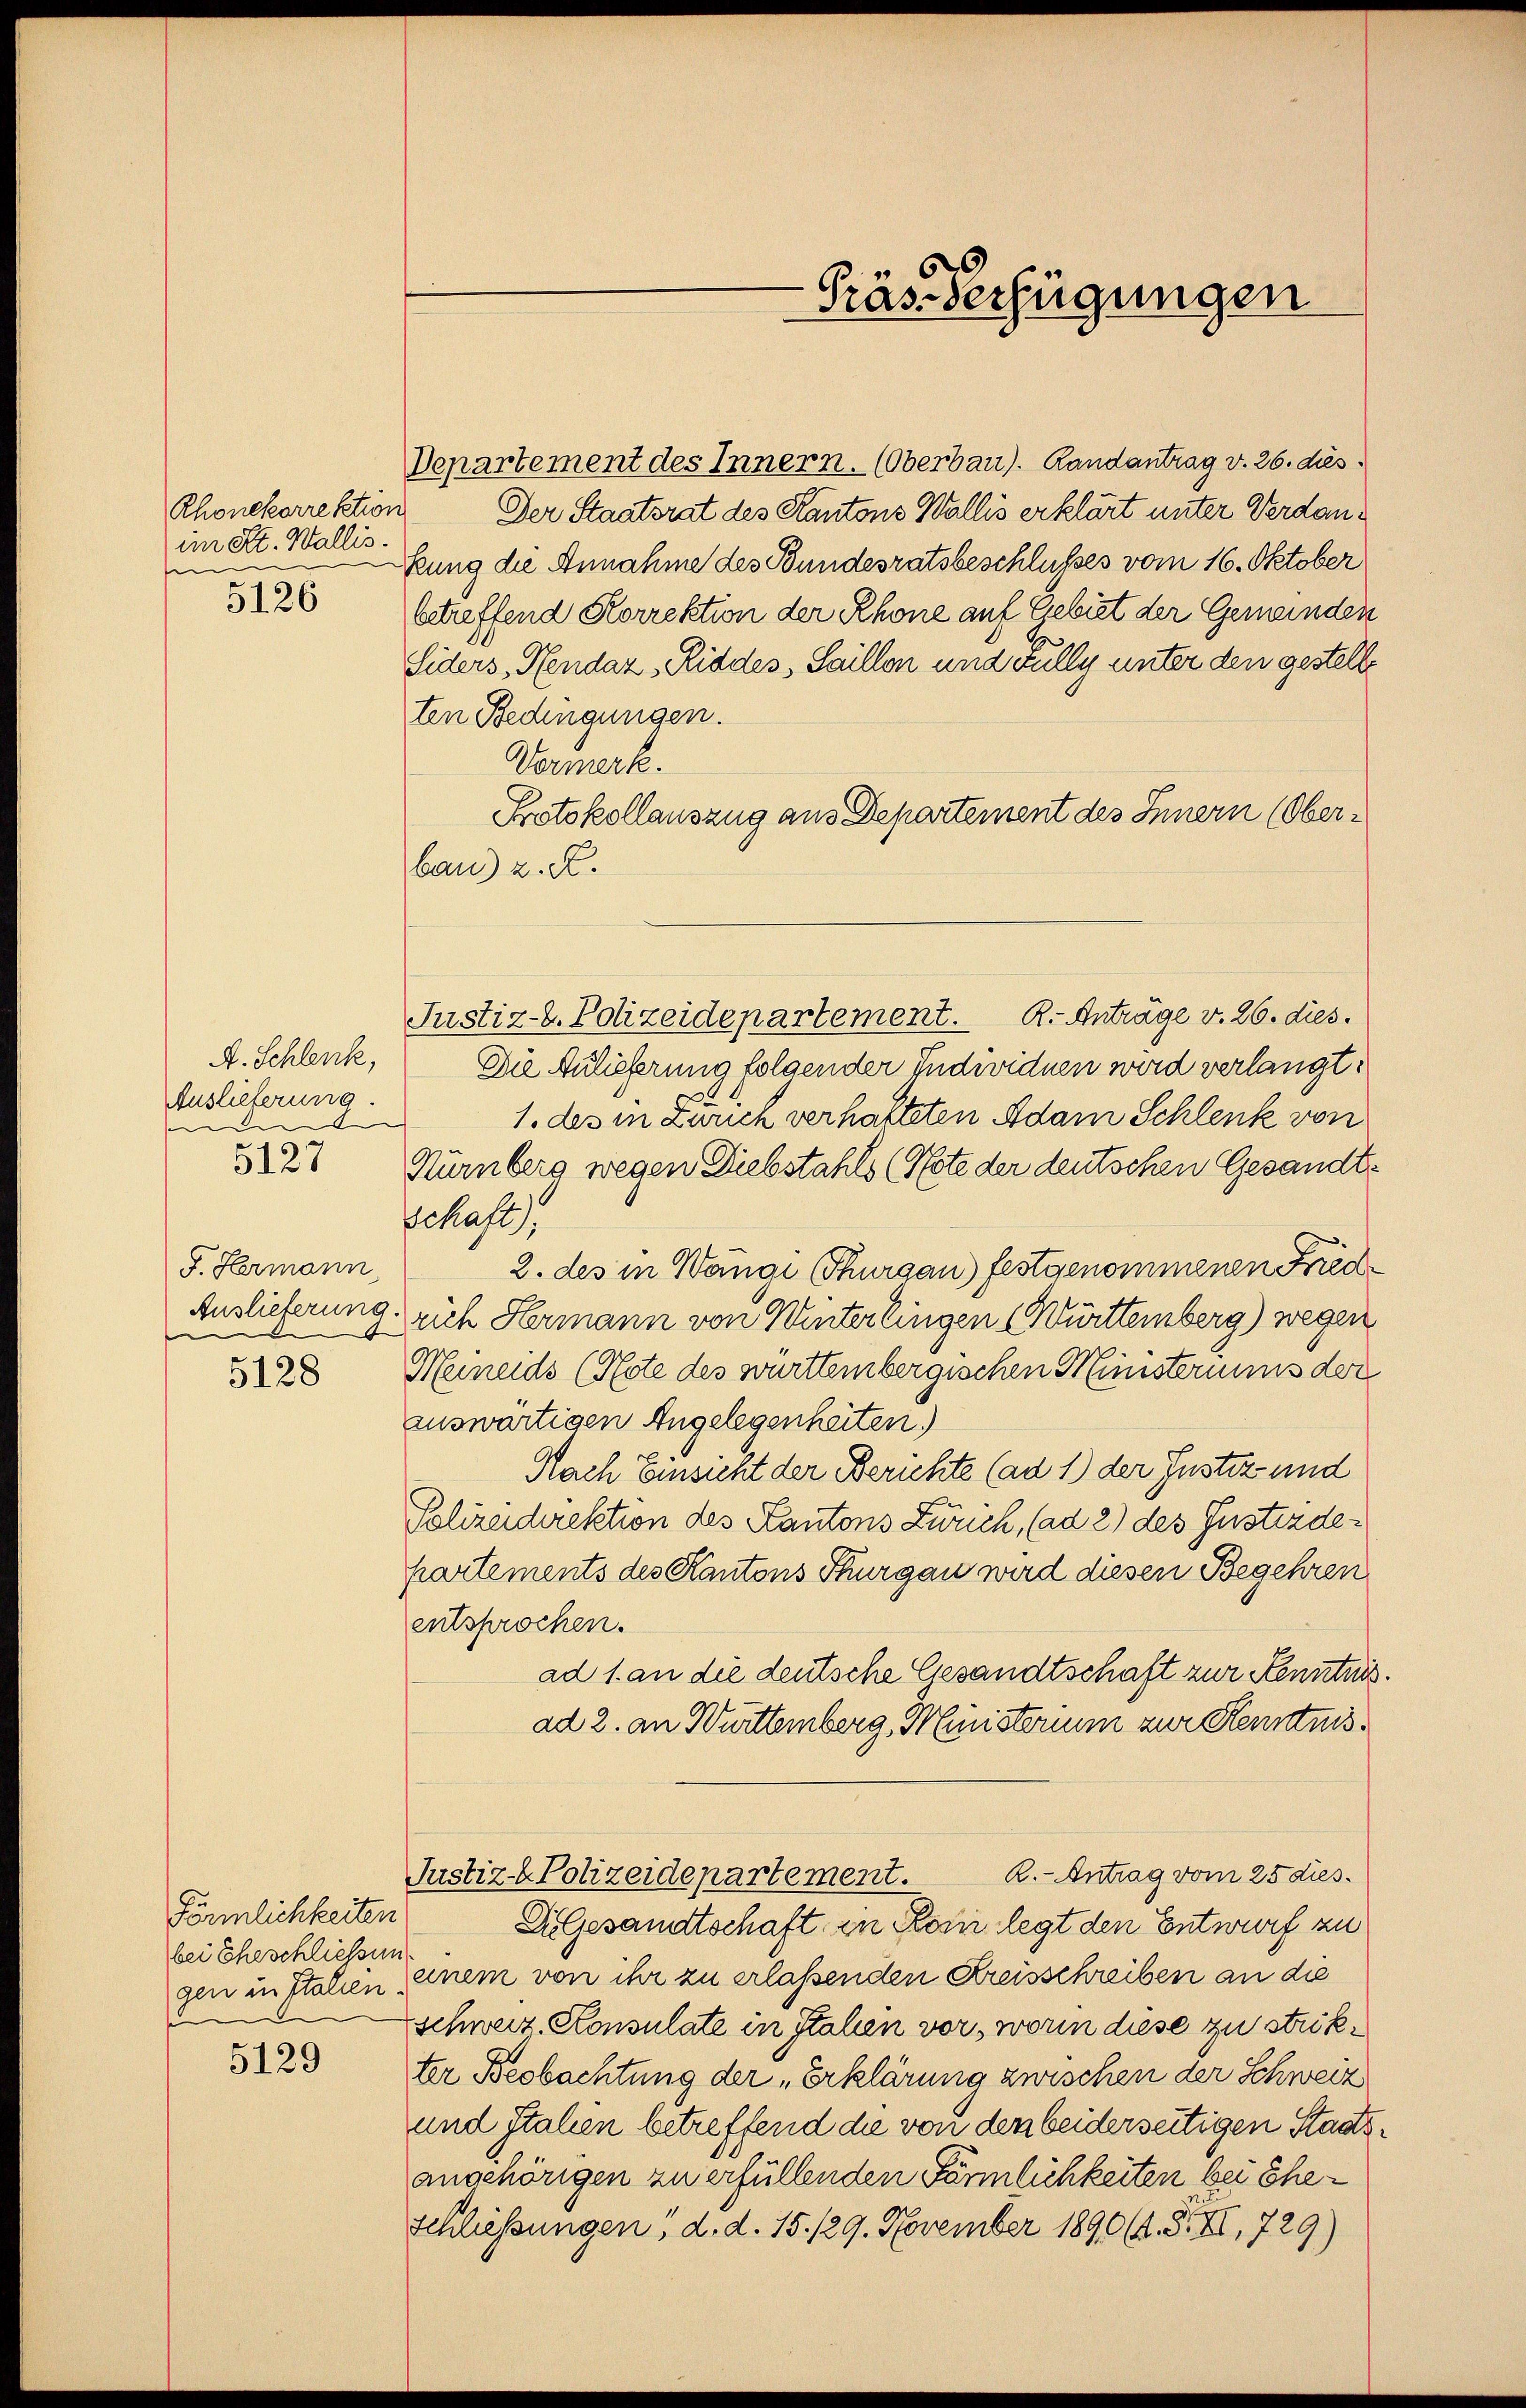
Rhonekorrektion
im Kt. Wallis.
sen
5126

A. Schlank,
Auslieferung.

5127

F. Hermann
Auslieferung.
e
5128

Förmlichkeiten
bei Eheschließun
gen in Italien

5129

Präs. Verfügungen

Departement des Innern. (Oberbau). Randantrag v. 26. dies
 Der Staatsrat des Kantons Wallis erklärt unter Verdankung die Annahme des Bundesratsbeschlußes vom 16. Oktober
betreffend Korrektion der Rhone auf Gebiet der Gemeinden
Siders Pendaz „Riddes, Saillon und Fully unter den gestelle
ten Bedingungen.
Vormerk.
Protokollauszug aus Departement des Innern (Oberbau) z. R.
Justiz-C. Polizeidepartement. R. Anträge v. 26. dies.
Die Aulieferung folgender Individuen wird verlangt:
1. des in Zürich verhafteten Adam Schlenk von
Kürnberg wegen Diebstahls (Note der deutschen Gesandt¬
Schaft.
2. des in Wange (Thurgau) festgenommenen Fried
rich Hermann von Winterlingen (Württemberg) wegen
Huneids (Note des württembergischen Ministeriums der
auswärtigen Angelegenheiten.)
6
Nach Einsicht der Berichte (ad 1) der Justiz und
Polizeidirektion des Kantons Zürich, (ad 2) des Justizdepartements des Kantons Thurgau wird diesen Begehren
entsprochen.
ad 1. an die deutsche Gesandtschaft zur Kenntnis
ad 2. an Württemberg, Ministerim zur Kenntnis¬
2.- Antrag vom 25 dies.
Justiz-Polizeidepartement.
Z.Gesandtschaft in Kein legt den Entwurf zu
einem von ihr zu erlassenden Kreisschreiben an die
schweiz. Konsulate in Italien vor, worin diese zu strikter Beobachtung der „Erklärung zwischen der Schweiz
und Stahen betreffend die von den beiderseitigen Staatsangehörigen zu erfüllenden Förmlichkeiten bei Eheschliessungen, d. d. 15. 129. November 1890 (1. S. XI, 729)